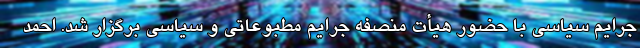
جرایم سیاسی با حضور هیأت منصفه جرایم مطبوعاتی و سیاسی برگزار شد. احمد